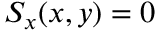
S _ { x } ( x , y ) = 0